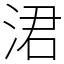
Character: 涒